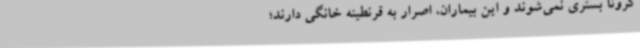
کرونا بستری نمی‌شوند و این بیماران، اصرار به قرنطینه خانگی دارند؛